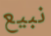
نبيع